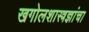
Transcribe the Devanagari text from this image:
खगोलशास्त्रज्ञांचा